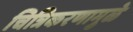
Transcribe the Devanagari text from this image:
चित्रिकरणामुळे